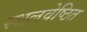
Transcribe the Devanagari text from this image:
स्थलवेष्ठित